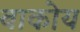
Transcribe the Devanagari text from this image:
बाकोय